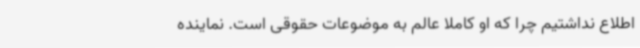
اطلاع نداشتیم چرا که او کاملاً عالم به موضوعات حقوقی است. نماینده